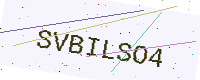
Text: SVBILSO4